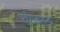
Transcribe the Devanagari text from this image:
राघवनन्द